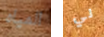
المياه لي